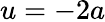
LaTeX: u=-2a